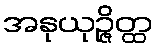
အနုယုဉ္ဇိတ္ထ